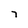
Character: T